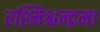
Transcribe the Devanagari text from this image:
रश्मिश्चन्द्रमा